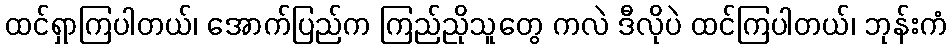
ထင်ရှာကြပါတယ်၊ အောက်ပြည်က ကြည်ညိုသူတွေ ကလဲ ဒီလိုပဲ ထင်ကြပါတယ်၊ ဘုန်းကံ